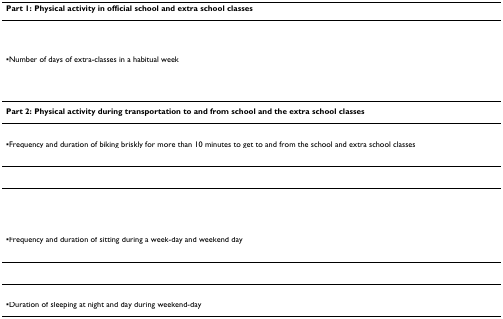
<table><thead><tr><td><b>Part 1: Physical activity in official school and extra school classes</b></td></tr></thead><tbody><tr><td>[EMPTY_CELL]</td></tr><tr><td>▪Number of days of extra-classes in a habitual week</td></tr><tr><td>[EMPTY_CELL]</td></tr><tr><td>[EMPTY_CELL]</td></tr><tr><td><b>Part 2: Physical activity during transportation to and from school and the extra school classes</b></td></tr><tr><td>[EMPTY_CELL]</td></tr><tr><td>▪Frequency and duration of biking briskly for more than 10 minutes to get to and from the school and extra school classes</td></tr><tr><td>[EMPTY_CELL]</td></tr><tr><td>[EMPTY_CELL]</td></tr><tr><td>[EMPTY_CELL]</td></tr><tr><td>[EMPTY_CELL]</td></tr><tr><td>[EMPTY_CELL]</td></tr><tr><td>[EMPTY_CELL]</td></tr><tr><td>▪Frequency and duration of sitting during a week-day and weekend day</td></tr><tr><td>[EMPTY_CELL]</td></tr><tr><td>[EMPTY_CELL]</td></tr><tr><td>[EMPTY_CELL]</td></tr><tr><td>▪Duration of sleeping at night and day during weekend-day</td></tr></tbody></table>